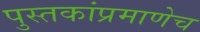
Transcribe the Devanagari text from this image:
पुस्तकांप्रमाणेच